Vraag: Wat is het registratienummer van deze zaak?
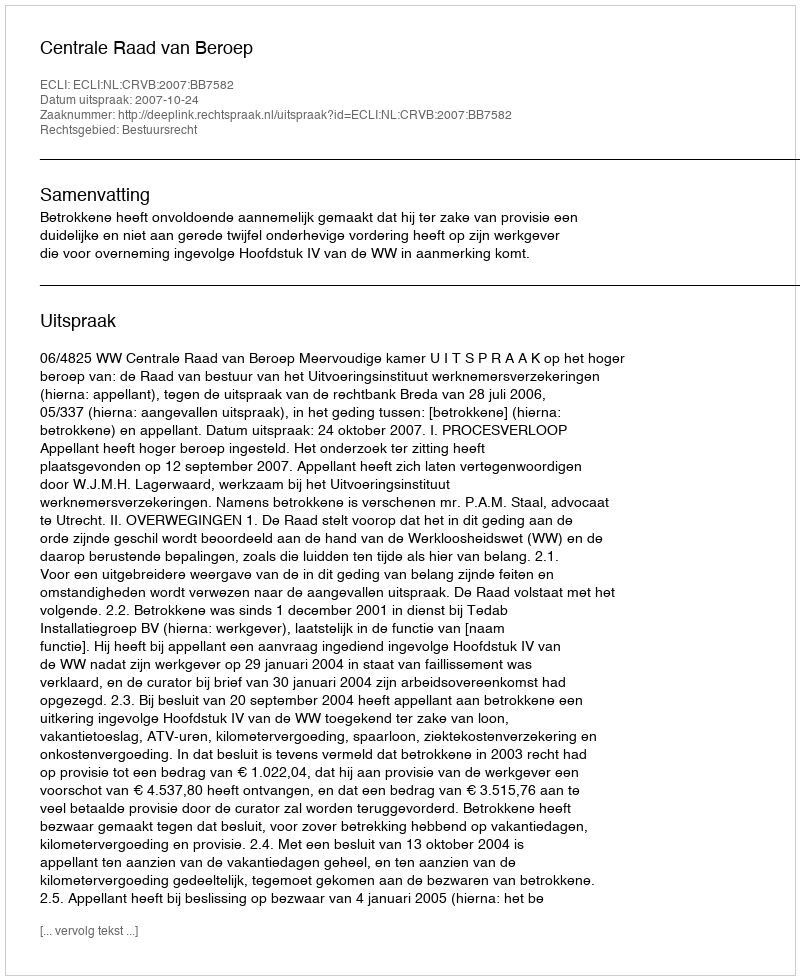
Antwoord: http://deeplink.rechtspraak.nl/uitspraak?id=ECLI:NL:CRVB:2007:BB7582